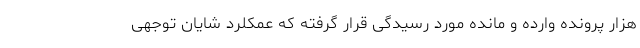
هزار پرونده وارده و مانده مورد رسیدگی قرار گرفته که عمکلرد شایان توجهی